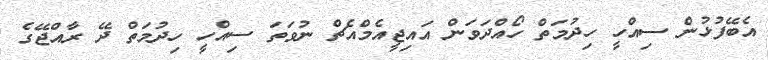
އެބޭފުޅުން ސިއްހީ ހިދުމަތް ހޯއްދަވަން އައިޖީއެމްއެޗް ނުވަތަ ސިއްހީ ހިދުމަތް ދޭ ރާއްޖޭގެ